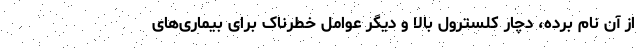
از آن نام برده، دچار کلسترول بالا و دیگر عوامل خطرناک برای بیماری‌های